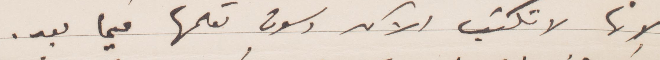
لانها لا تكتب الآن وسوف تعلمها فيما بعد.